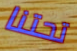
تحتنا